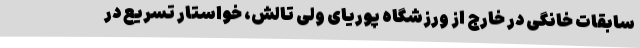
سابقات خانگی در خارج از ورزشگاه پوریای ولی تالش، خواستار تسریع در